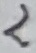
Text: 2